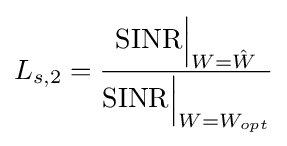
L_{s,2}={\frac {{\mbox{SINR}}{\Bigr |}_{W={\hat {W}}}}{{\mbox{SINR}}{\Bigr |}_{W=W_{opt}}}}